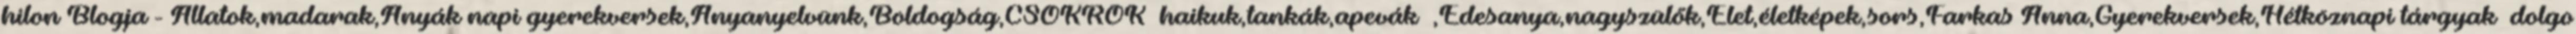
hilon Blogja - Állatok,madarak,Anyák napi gyerekversek,Anyanyelvünk,Boldogság,CSOKROK haikuk,tankák,apevák ,Édesanya,nagyszülők,Élet,életképek,sors,Farkas Anna,Gyerekversek,Hétköznapi tárgyak dolgo